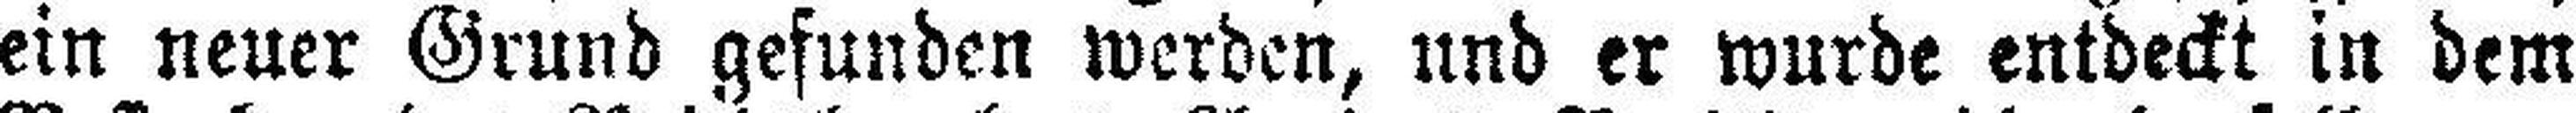
ein neuer Grund gefunden werden, und er wurde entdeckt in dem